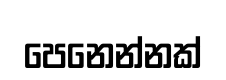
පෙනෙන්නක්